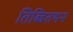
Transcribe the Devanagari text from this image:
तिब्बितयन